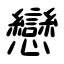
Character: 戀